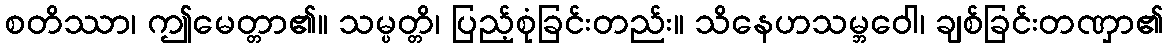
စတိဿာ၊ ဤမေတ္တာ၏။ သမ္ပတ္တိ၊ ပြည့်စုံခြင်းတည်း။ သိနေဟသမ္ဘဝေါ၊ ချစ်ခြင်းတဏှာ၏